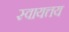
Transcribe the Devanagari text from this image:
स्वायत्तय